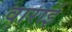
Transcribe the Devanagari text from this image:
वाराई